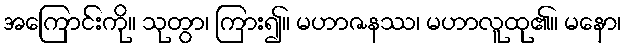
အကြောင်းကို။ သုတွာ၊ ကြား၍။ မဟာဇနဿ၊ မဟာလူထု၏။ မနော၊